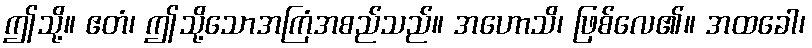
ဤသို့။ ဧတံ၊ ဤသို့သောအကြံအစည်သည်။ အဟောသိ၊ ဖြစ်လေ၏။ အထခေါ၊